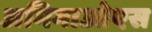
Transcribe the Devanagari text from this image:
अमिगाओएस